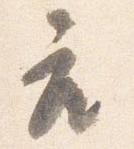
座